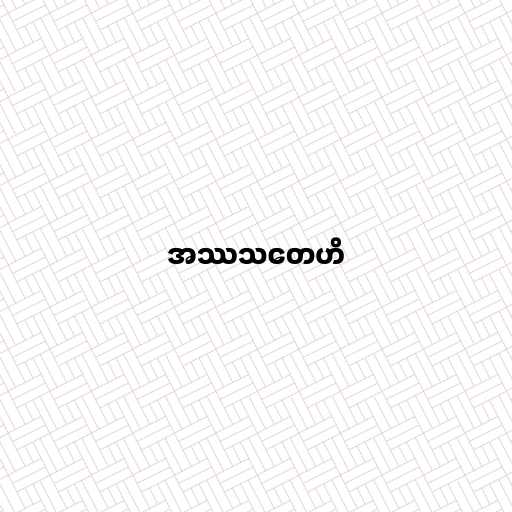
အဿသတေဟိ